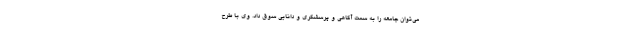
می‌توان جامعه را به سمت آگاهی و پرسشگری و دانایی سوق داد. وی با طرح